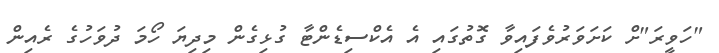
"ހަވީރަ"ށް ކަށަވަރުވެފައިވާ ގޮތުގައި އެ އެކްސިޑެންޓާ ގުޅިގެން މިދިޔަ ހޯމަ ދުވަހުގެ ރެއިން